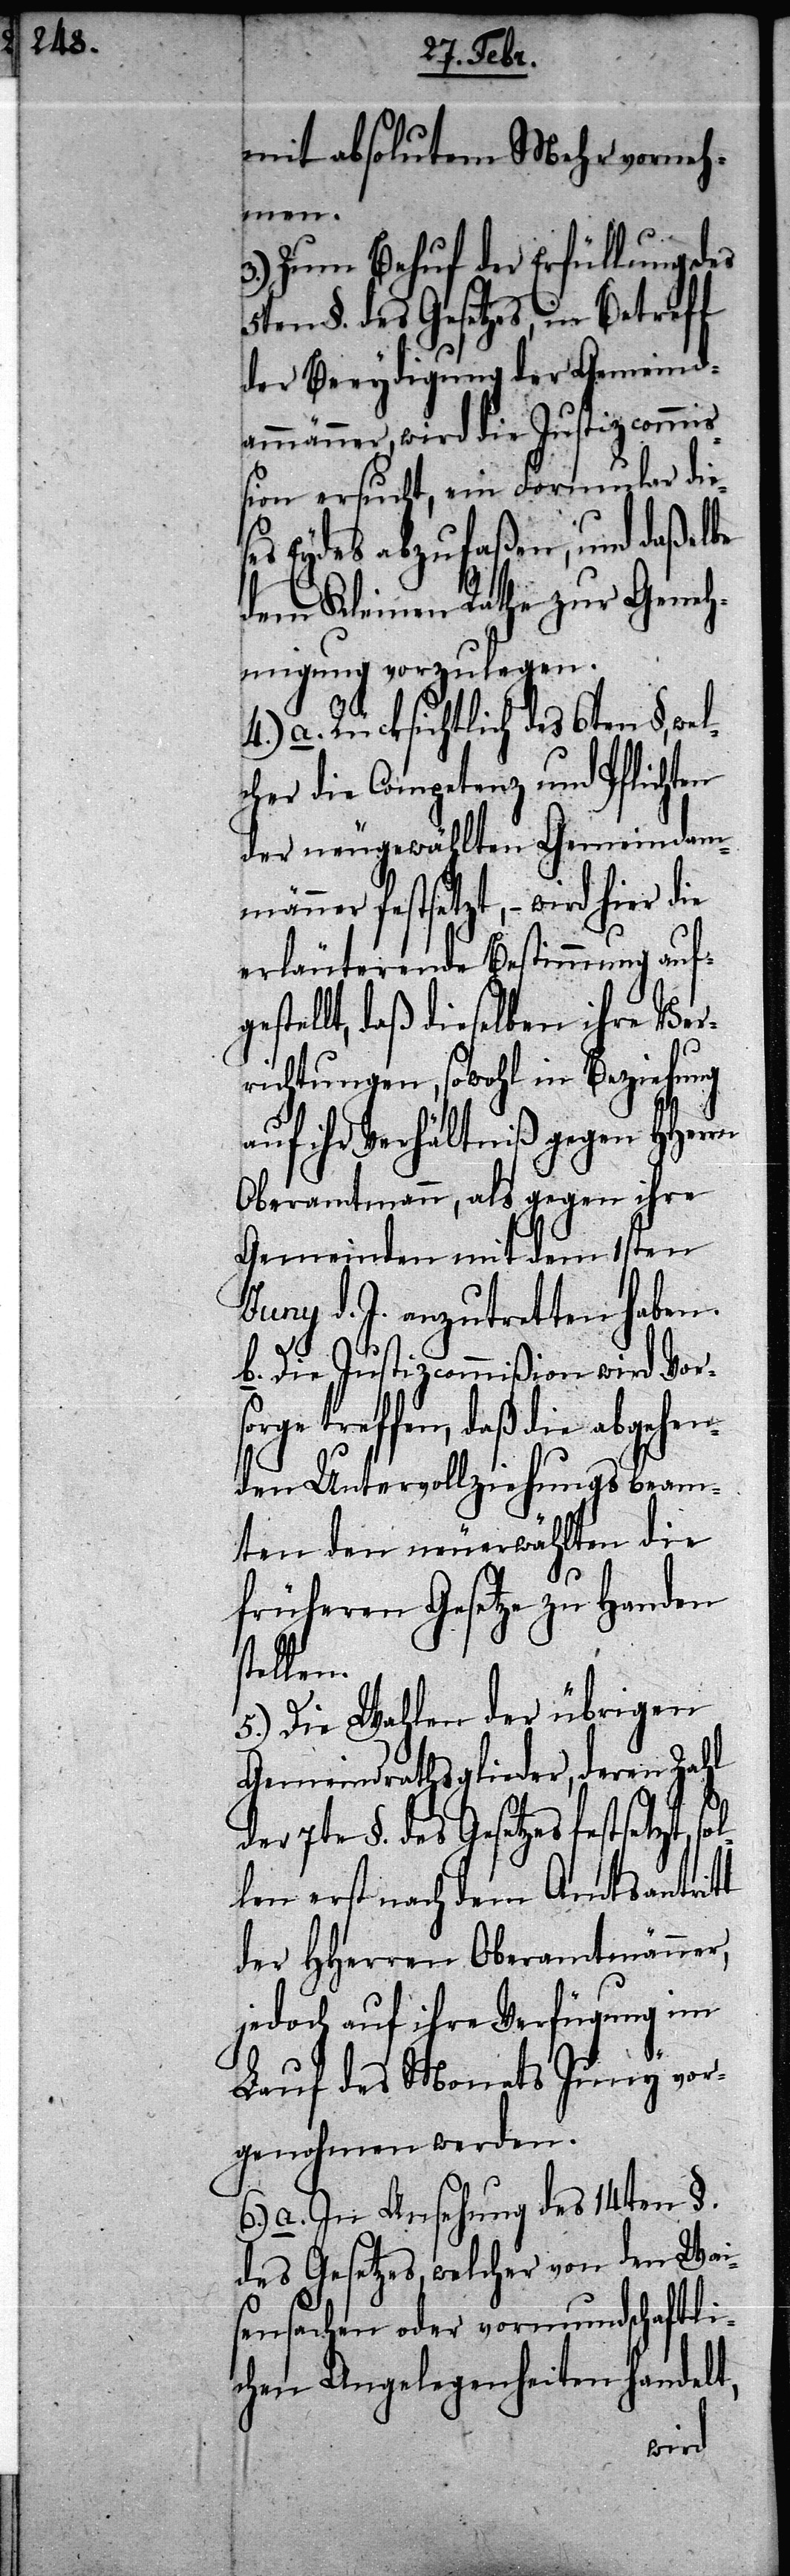
mit absolutem Mehr vorneh¬
men.
3.) Zum Behuf der Erfüllung des
5ten §. des Gesetzes, in Betreff
der Beeydigung der Gemeind¬
ammänner, wird die Justizcommiß¬
ion ersucht, ein Formular die¬
ses Eydes abzufaßen, und daßelbe
dem Kleinen Rathe zur Geneh¬
migung vorzulegen.
4.) a. Rücksichtlich des 6ten §, wel¬
cher die Competenz und Pflichten
der neugewählten Gemeindam¬
ner festsetzt, – wird hier die
erläuterende Bestimmung auf¬
ellt, daß dieselben ihre Ver¬
richtungen, sowohl in Beziehung
auf ihr Verhältniß gegen HHer¬
Oberamtmann, als gegen ihre
Gemeinden mit dem 1sten
Juny d. J. anzutretten haben.
b. Die Justizcommißion wird Vor¬
rge treffen, daß die abgehen¬
den Untervollziehungsbeam¬
ten den neuerwählten die
früheren Gesetze zu Handen
stellen.
5.) Die Wahlen der übrigen
Gemeindrathsglieder, deren Zahl
tzt, sol¬
der 7te §. des Gesetzes fe¬
len erst nach dem Amtsantritt
änner,
der HHerren Oberam¬
gung
jedoch auf ihre Verfü¬
y vor¬
Lauf des Monats Jun¬
genohmen werden.
a. In Ansehung des 14ten §.
des Gesetzes, welcher von den Wai¬
sensachen oder vormundschaftli¬
chen Angelegenheiten handelt,
im